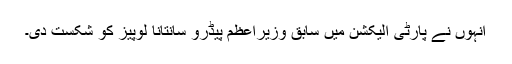
انہوں نے پارٹی الیکشن میں سابق وزیراعظم پیڈرو سانتانا لوپیز کو شکست دی۔